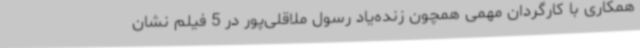
همکاری با کارگردان مهمی همچون زنده‌یاد رسول ملاقلی‌پور در 5 فیلم نشان